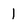
Character: 1